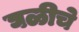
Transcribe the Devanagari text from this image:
घळीचे